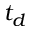
t _ { d }